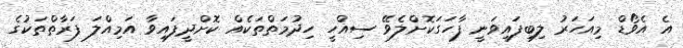
އެ އެވޯޑް މިއަހަރު ލިބިފައިވަނީ ފާހަގަކޮށްލެވޭ ސިއްހީ ހިދުމަތްތަކެއް ކޮށްދީފައިވާ އަމިއްލަ ފަރާތްތަކުގެ